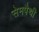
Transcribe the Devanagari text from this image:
सेमपैथी